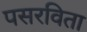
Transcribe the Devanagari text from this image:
पसरविता